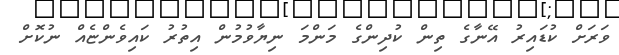
ވަރަށް ކުޑައިރު އޭނާގެ ތިން ކުދިންގެ މަންމަ ނިޔާވުމުން އިތުރު ކައިވެންޏެއް ނުކޮށް